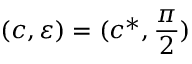
( c , \varepsilon ) = ( c ^ { * } , \frac { \pi } { 2 } )